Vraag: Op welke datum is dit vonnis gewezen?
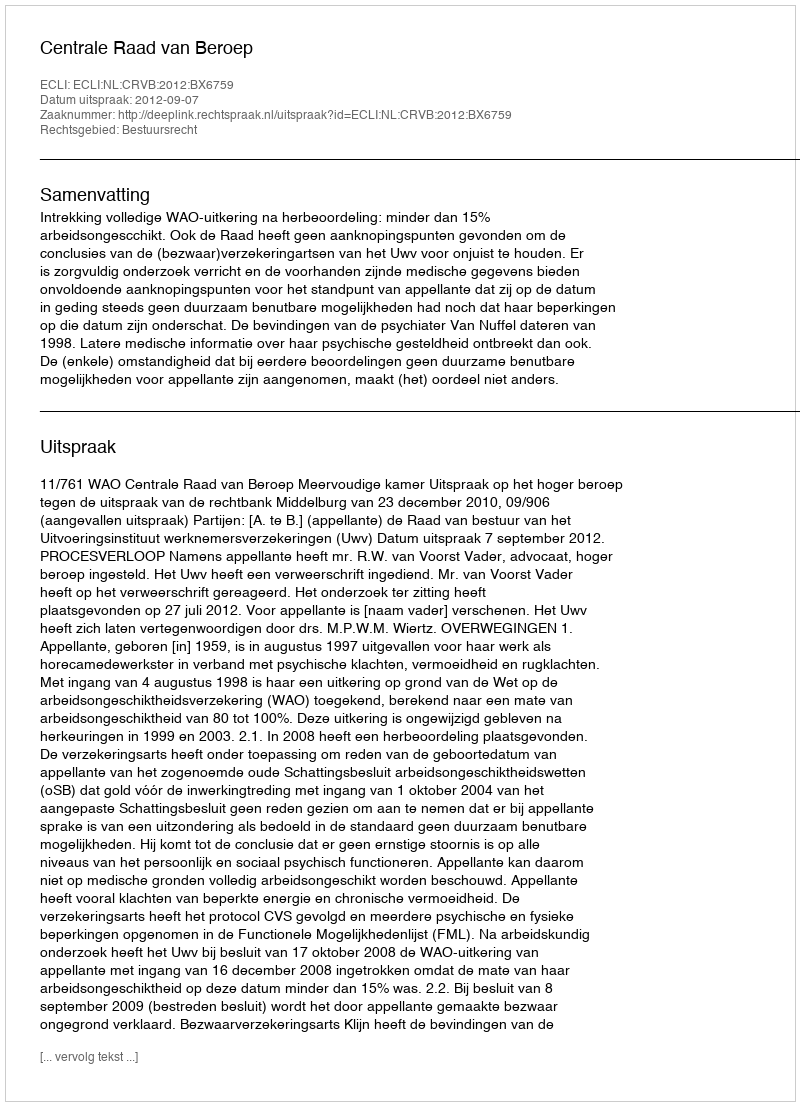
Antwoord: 2012-09-07